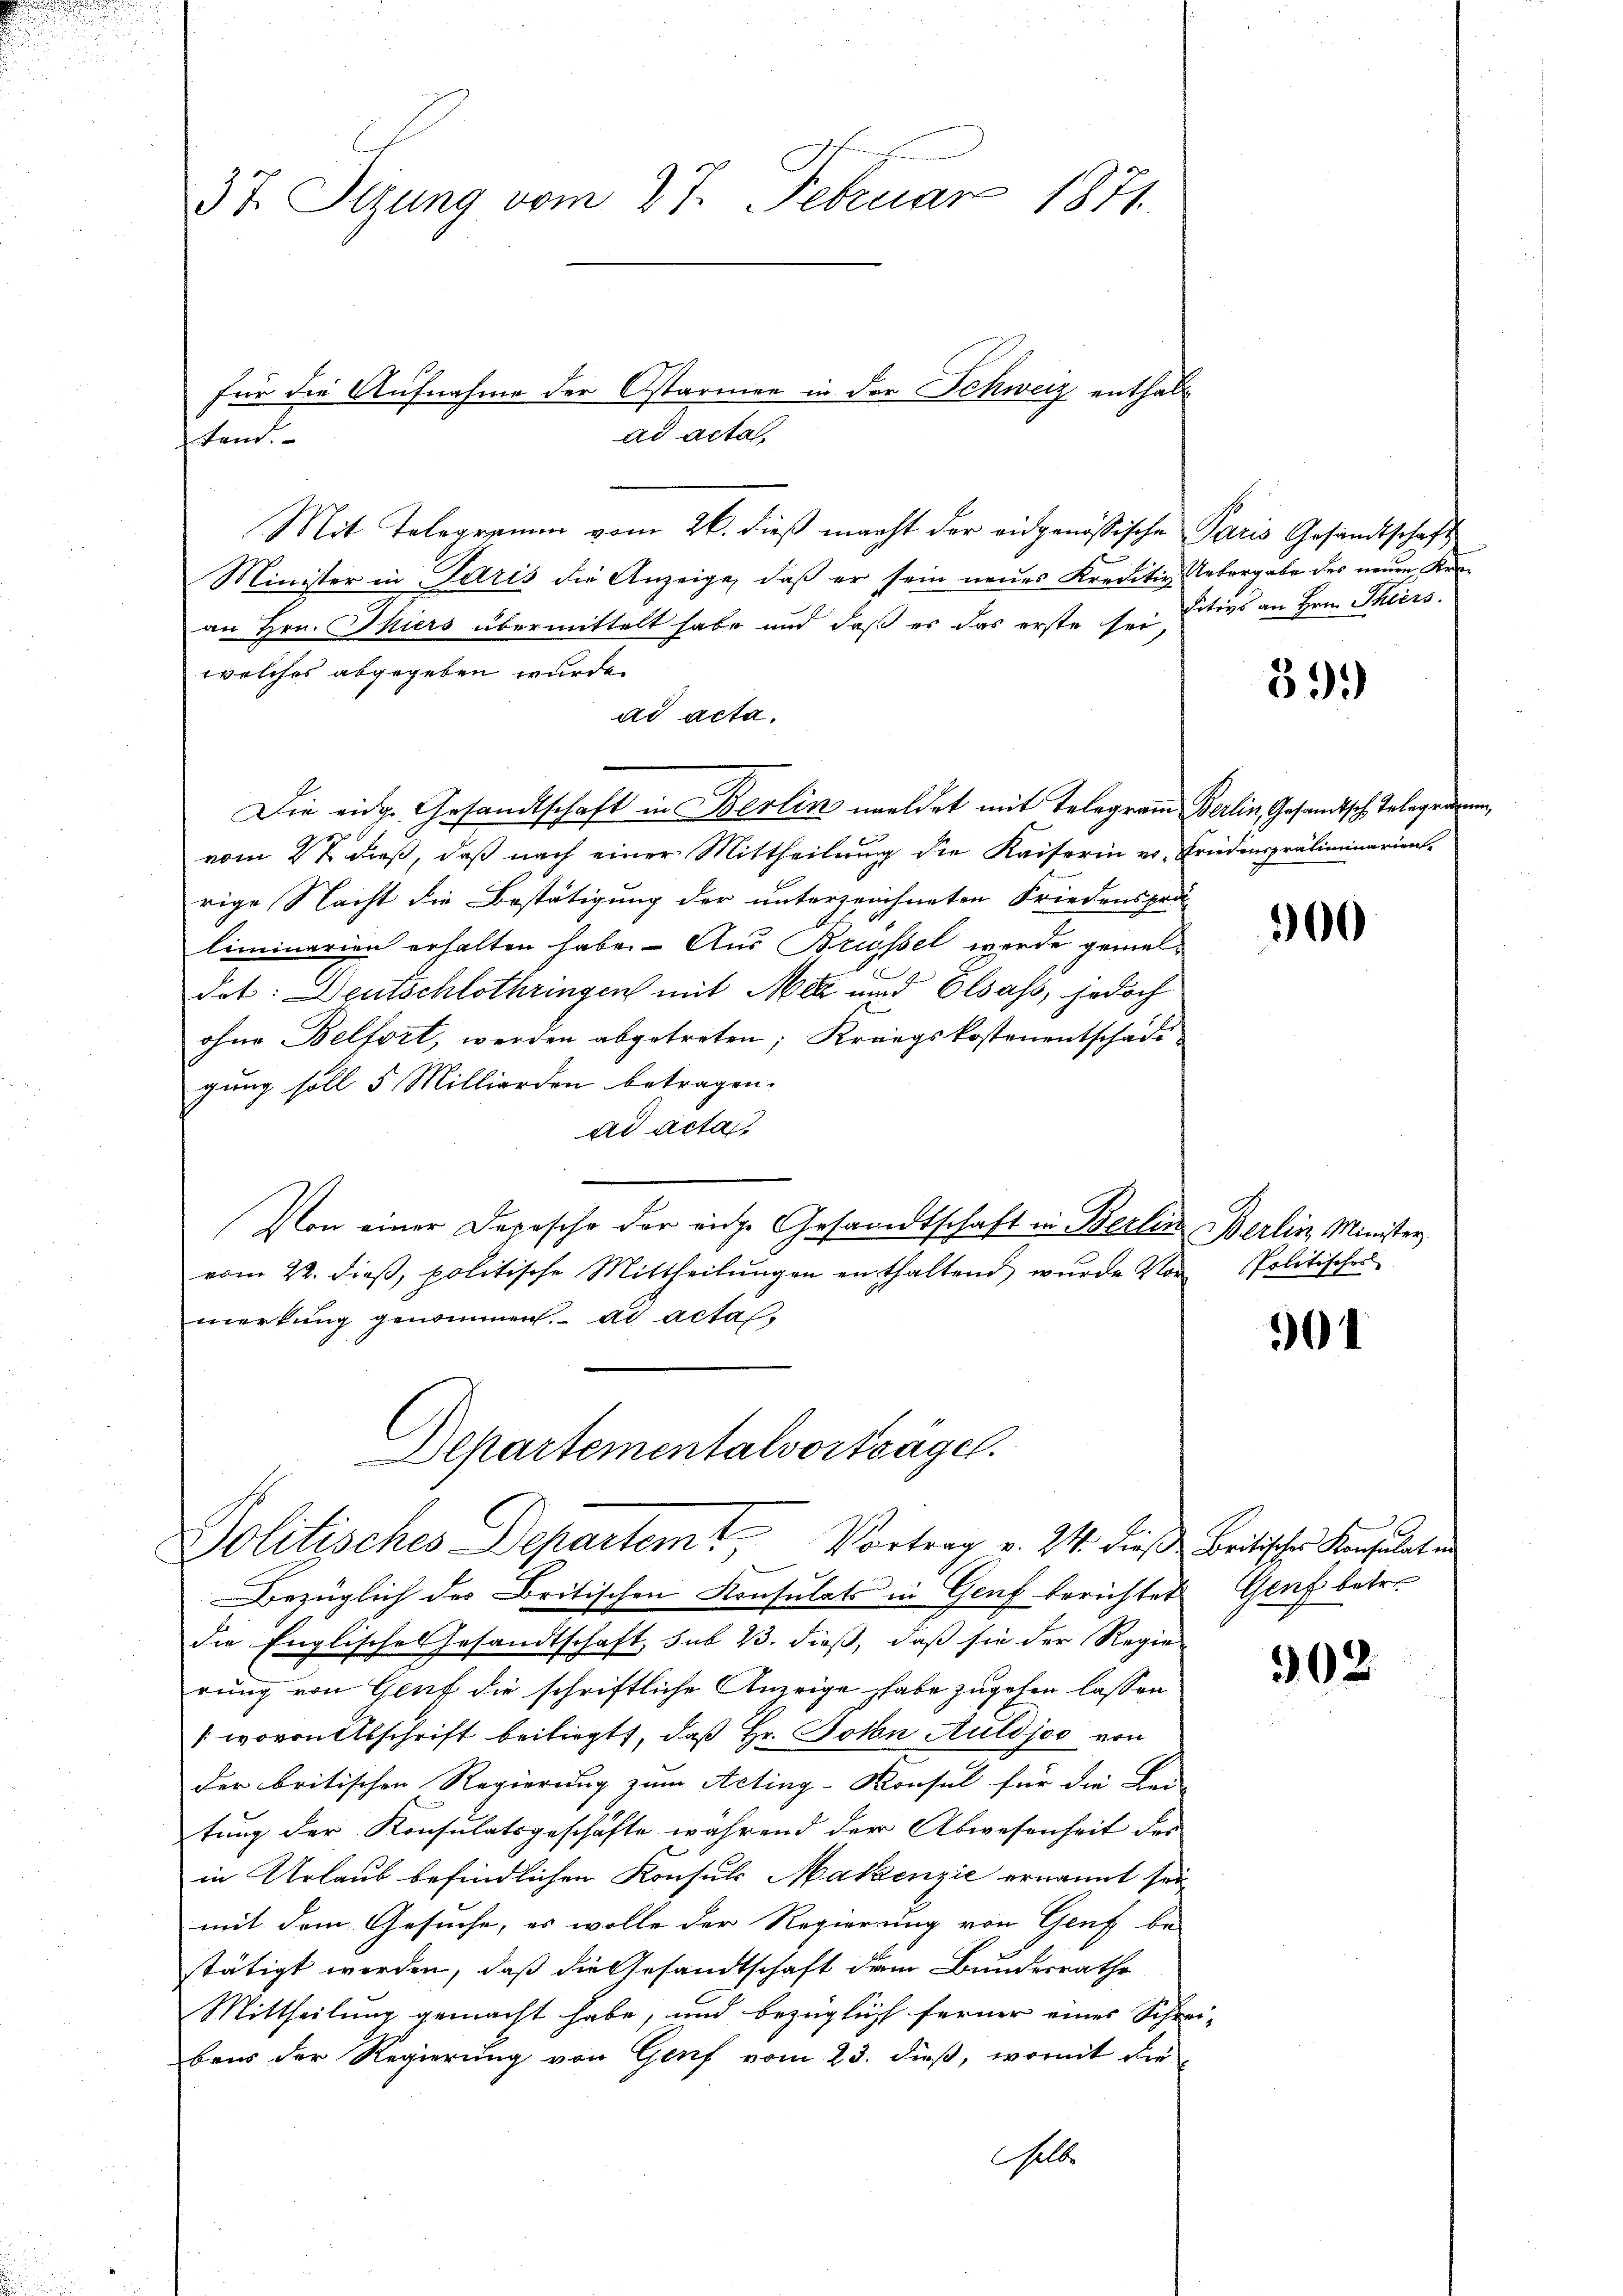
37. Sizung vom 27. Februar 1871.

Mit Telegramm vom 26. dieß macht der eidgenössische Paris Gesandtschaft
Minister in Paris die Anzeige, daß er sein neues Kreditiv Uebergabe des neuen Krean Hrn. Thiers übermittelt habe und daß er das erste sei
welches abgegeben wurde.
ad acta.
Die eidg. Gesandtschaft in Berlin meldet mit Telegram Berlin, Gesandtsch Telegevom 2t dieß, daß nach einer Mittheilung die Kaiserin vr. Friedenpräliminarien-
rige Nacht die Bestätigung der unterzeichneten Friedensprä
liminarien erhalten habe. Aus Brüssel werde gemeldet: Deutschlothringen mit Mea und Elsass, jedoch
ohne Belfort, werden abgetreten; Kriegskostenentschädi
gung soll 5 Millierden betragen.
ad actat
Von einer Depesche der eiche Gesandtschaft in Berlin Berlin Minister
vom 22. dieβ, politische Mittheilŭngen enthaltend wurde von Politisches
merkung genommen. ad actas
Alpartementalvorträge.

für die Aufnahme der Ostarmen in der Schweiz enthalad acta
tem.

Politisches Departemt, Vortrag v. 24. diese Britischer Konsulaten
Bezüglich des Britischen Konsulats in Genf berichtet Genf betr.

die Englisches Gesandtschaft, sub 23. dieß, daß sie der Regie-
rung von Genf die schriftliche Anzeige habe zugehen lassen
(wovon Abschrift beiliegt, daß Hr. Johan Auldjoo von
der britischen Regierung zum Acting-Konsul für die Lei-
tung der Konsulatsgeschäfte während der Abwesenheit der
in Urlaub befindlichen Konsuls Makenzić ernannt sei
mit dem Gesuche, es wolle der Regierung von Genf be-
stätigt werden, daß die Gesandtschaft dem Bundesrathe
Mittheilung gemacht habe, und bezüglich ferner eines Schrei-
bens der Regierung von Genf vom 23. dieß, womit die
elbe

sitivs an Hrn. Thiers.

39.)

300

01

902